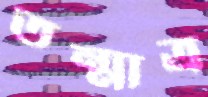
তন্মাত্র